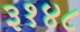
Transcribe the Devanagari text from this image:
३१४८